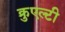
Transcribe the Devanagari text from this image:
क्रुएल्टी